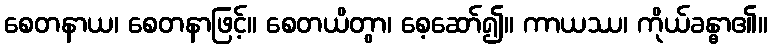
စေတနာယ၊ စေတနာဖြင့်။ စေတယိတွာ၊ စေ့ဆော်၍။ ကာယဿ၊ ကိုယ်ခန္ဓာ၏။